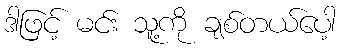
ဒါဖြင့် မင်း သူ့ကို ချစ်တယ်ပေါ့